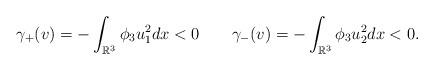
LaTeX: \begin{align*} \gamma_+(v)=-\int_{\mathbb R^3}\phi_3u_1^2dx<0\quad\quad\gamma_-(v)=-\int_{\mathbb R^3}\phi_3u_2^2dx<0. \end{align*}